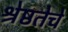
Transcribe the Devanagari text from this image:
श्रेष्ठतेचे